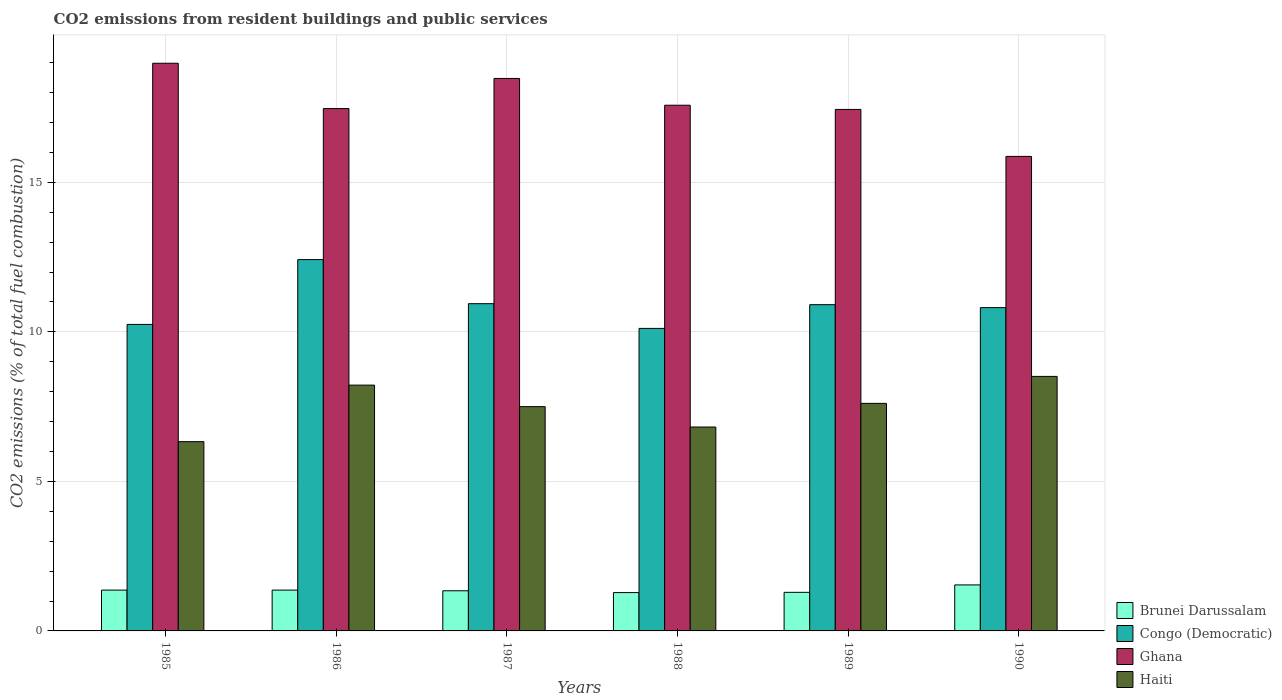
| Years | Brunei Darussalam | Congo (Democratic) | Ghana | Haiti |
 | --- | --- | --- | --- | --- |
 | 1985 | 1.37 | 10.2 | 19 | 6.33 |
 | 1986 | 1.37 | 12.4 | 17.5 | 8.22 |
 | 1987 | 1.34 | 10.9 | 18.5 | 7.5 |
 | 1988 | 1.28 | 10.1 | 17.6 | 6.82 |
 | 1989 | 1.29 | 10.9 | 17.4 | 7.61 |
 | 1990 | 1.54 | 10.8 | 15.9 | 8.51 |